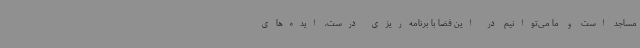
مساجد است و ما می‌توانیم در این فضا با برنامه‌ریزی درست، ایده‌های